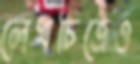
লেখচিত্রেও